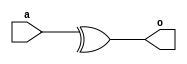
module abc9_test004(input [1:0] a, output o);
assign o = ^a;
endmodule